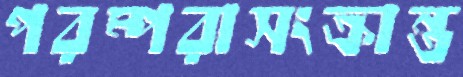
পরম্পরাসংক্রান্ত